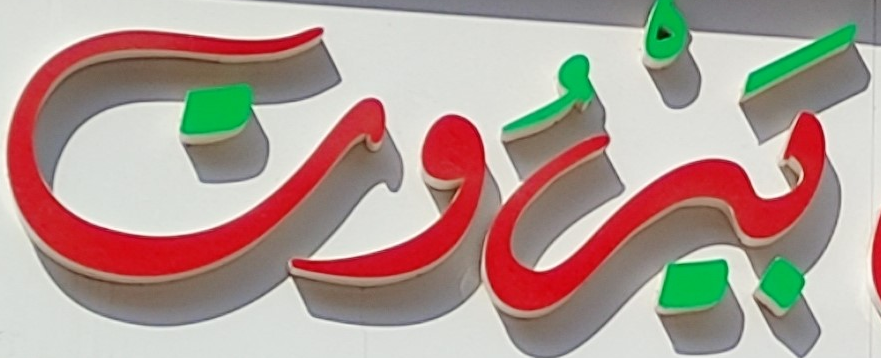
بيروت